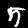
Digit: 5